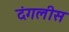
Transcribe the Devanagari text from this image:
दंगलीस